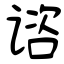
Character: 谘